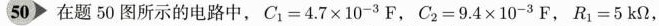
50 在题50图所示的电路中，$$C _ { 1 } = 4.7 × 1 0 ^ { -3 } F$$，$$C _ { 2 } = 9 . 4 × 1 0 ^ { -3 } F$$，$$R _ { 1 } = 5 k Ω$$，